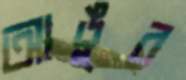
আঙুর